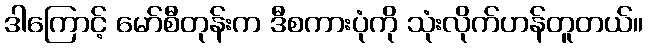
ဒါကြောင့် မော်စီတုန်းက ဒီစကားပုံကို သုံးလိုက်ဟန်တူတယ်။